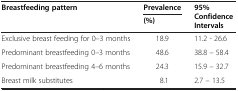
<table><thead><tr><td rowspan="2"><b>Breastfeeding pattern</b></td><td><b>Prevalence</b></td><td rowspan="2"><b>95% Confidence Intervals</b></td></tr><tr><td><b>(%)</b></td></tr></thead><tbody><tr><td>Exclusive breast feeding for 0–3 months</td><td>18.9</td><td>11.2 - 26.6</td></tr><tr><td>Predominant breastfeeding 0–3 months</td><td>48.6</td><td>38.8 – 58.4</td></tr><tr><td>Predominant breastfeeding 4–6 months</td><td>24.3</td><td>15.9 – 32.7</td></tr><tr><td>Breast milk substitutes</td><td>8.1</td><td>2.7 – 13.5</td></tr></tbody></table>